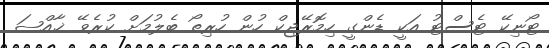
ޓޯނިކޭ ޓެސްޓު އަކީ ޑެންގީ ހިމޮރޭޖިކް ހުން ހުރިތޯ ބެލުމަށް ކުރެވޭ ޚާއްޞަ